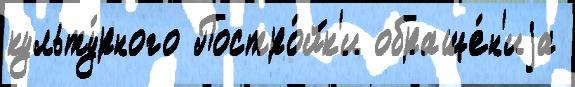
культу́рного Постро́йк'и обраще́н'иjа